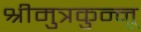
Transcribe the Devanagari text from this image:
श्रीमुत्रकुन्नू